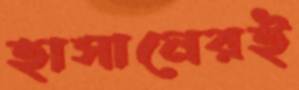
হাসানেরই